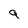
Character: q